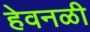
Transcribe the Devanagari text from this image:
हेवनळी